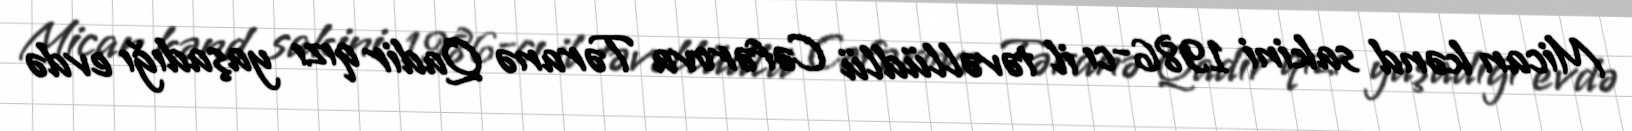
Mican kənd sakini 1986-cı il təvəllüdlü Cəfərova Təranə Qadir qızı yaşadığı evdə